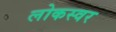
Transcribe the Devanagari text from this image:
लोकस्वर